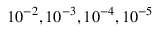
1 0 ^ { - 2 } , 1 0 ^ { - 3 } , 1 0 ^ { - 4 } , 1 0 ^ { - 5 }